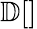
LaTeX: \mathbb{D}[]